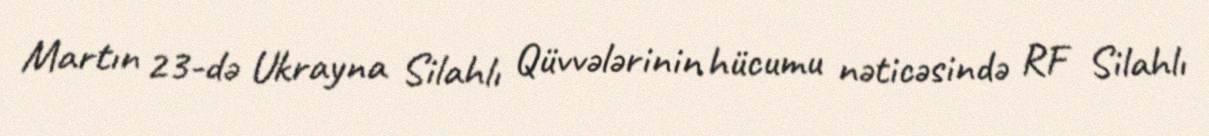
Martın 23-də Ukrayna Silahlı Qüvvələrinin hücumu nəticəsində RF Silahlı